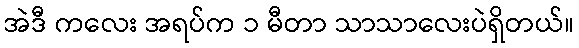
အဲဒီ ကလေး အရပ်က ၁ မီတာ သာသာလေးပဲရှိတယ်။